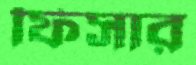
ফিসার